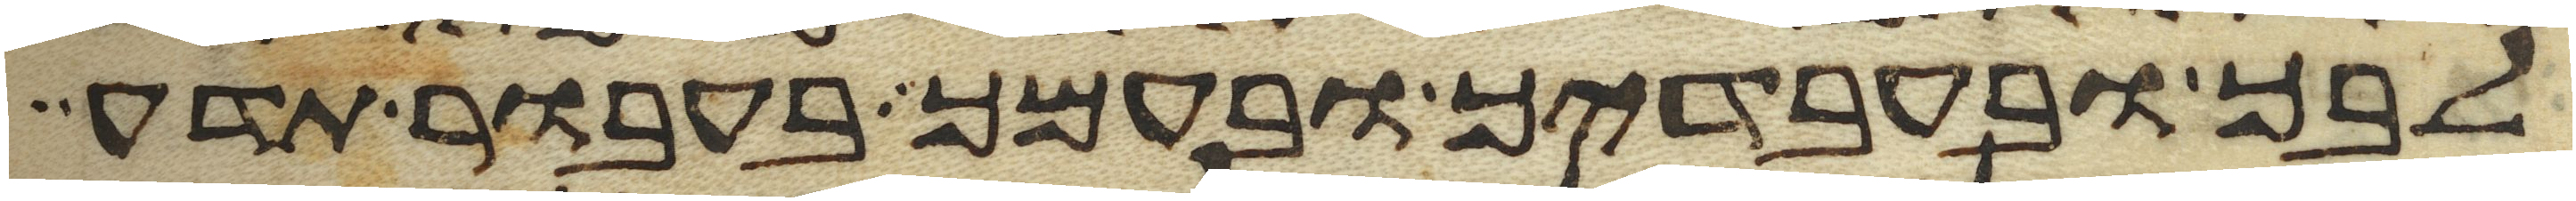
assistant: לבך ובעבדיך ובעמך בעבור תדע